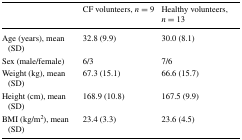
<table><thead><tr><td></td><td><b>CF volunteers, <i>n</i> = 9</b></td><td><b>Healthy volunteers, <i>n</i> = 13</b></td></tr></thead><tbody><tr><td>Age (years), mean (SD)</td><td>32.8 (9.9)</td><td>30.0 (8.1)</td></tr><tr><td>Sex (male/female)</td><td>6/3</td><td>7/6</td></tr><tr><td>Weight (kg), mean (SD)</td><td>67.3 (15.1)</td><td>66.6 (15.7)</td></tr><tr><td>Height (cm), mean (SD)</td><td>168.9 (10.8)</td><td>167.5 (9.9)</td></tr><tr><td>BMI (kg/m<sup>2</sup>), mean (SD)</td><td>23.4 (3.3)</td><td>23.6 (4.5)</td></tr></tbody></table>